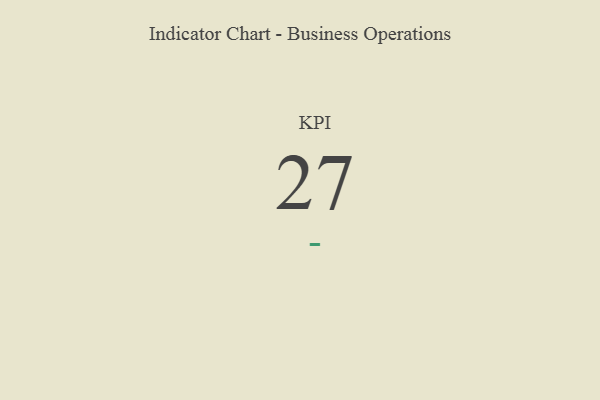
{"axis": {"x": "KPI", "y": "Value"}, "legend": [""], "data": [{"x": "KPI", "y": 27, "type": ""}]}